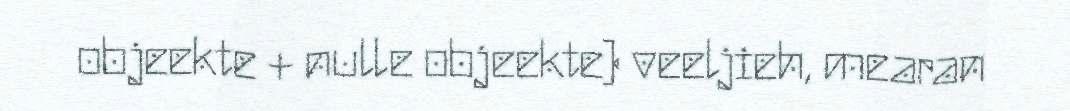
objeekte + nulle objeekte) veeljieh, mearan